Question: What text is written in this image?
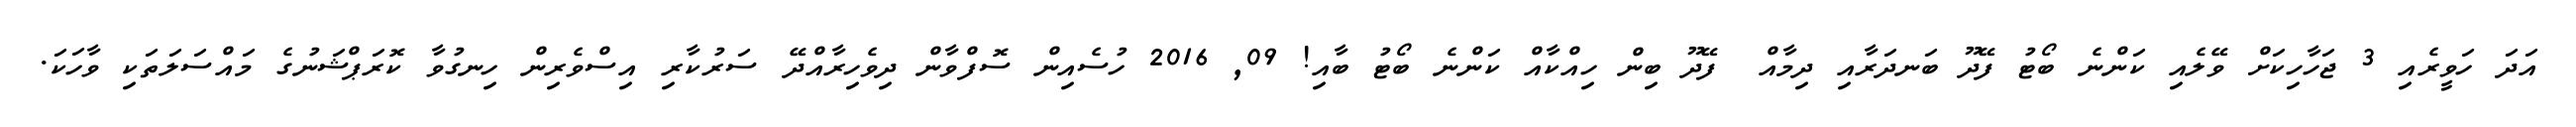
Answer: އަދަ ހަވީރެއި 3 ޖަހާހިކަށް ވޭލެއި ކަންނެ ބޯޓު ފޭދޫ ބަނދަރާއި ދިމާއް ޱފޭދޫ ބިން ހިއްކާއް ކަންނެ ބޯޓު ބާއި! 09, 2016 ހުސެއިން ސޮފްވާން ދިވެހިރާއްދޭ ސަރުކާރި އިސްވެރިން ހިނގުވާ ކޮރަޕްޝަނުގެ މައްސަލަތަކި ވާހަކަ.